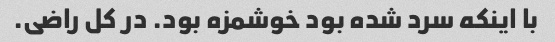
با اینکه سرد شده بود خوشمزه بود. در کل راضی.